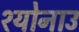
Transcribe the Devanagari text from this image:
श्योनाउ